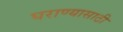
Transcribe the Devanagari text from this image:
घराण्यासाठी